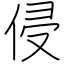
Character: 侵